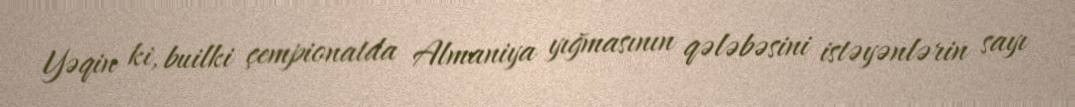
Yəqin ki, builki çempionatda Almaniya yığmasının qələbəsini istəyənlərin sayı